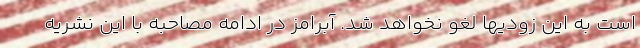
است به این زودیها لغو نخواهد شد. آبرامز در ادامه مصاحبه با این نشریه